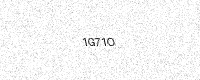
Text: 1G71O